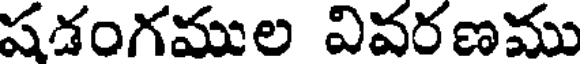
షడంగముల వివరణము